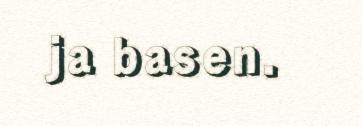
ja basen.